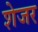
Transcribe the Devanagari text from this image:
शेजर